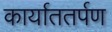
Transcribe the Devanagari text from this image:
कार्याततर्पण